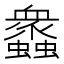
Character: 𧕠